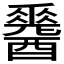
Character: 𨣩